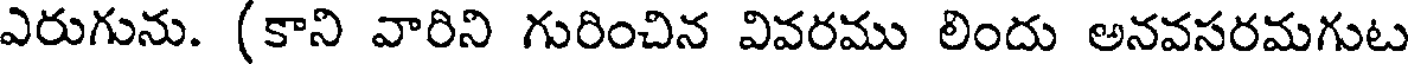
ఎరుగును. (కాని వారిని గురించిన వివరము లిందు అనవసరమగుట